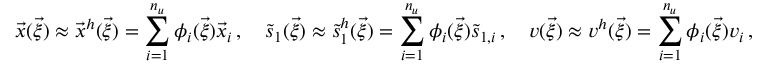
\vec { x } ( \vec { \xi } ) \approx \vec { x } ^ { h } ( \vec { \xi } ) = \sum _ { i = 1 } ^ { n _ { u } } \phi _ { i } ( \vec { \xi } ) \vec { x } _ { i } \, , \quad \tilde { s } _ { 1 } ( \vec { \xi } ) \approx \tilde { s } _ { 1 } ^ { h } ( \vec { \xi } ) = \sum _ { i = 1 } ^ { n _ { u } } \phi _ { i } ( \vec { \xi } ) \tilde { s } _ { 1 , i } \, , \quad v ( \vec { \xi } ) \approx v ^ { h } ( \vec { \xi } ) = \sum _ { i = 1 } ^ { n _ { u } } \phi _ { i } ( \vec { \xi } ) v _ { i } \, ,